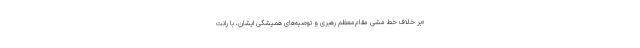
«بر خلاف خط مشی مقام‌معظم رهبری و توصیه‌های همیشگی ایشان، با رانت